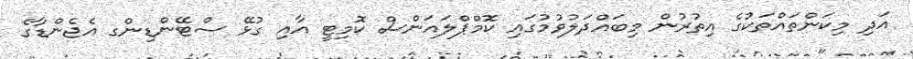
އަދި މިކަންތައްތަކުގެ އިތުރުން މިބައްދަލުވުމުގައި ކޮމްޕްލައަންސް ކޮމިޓީ އާއި ގުޅޭ ސްޓޭންޑިންގ އެޖެންޑާގެ